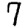
Digit: 7